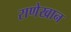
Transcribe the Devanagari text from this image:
राणेखान